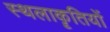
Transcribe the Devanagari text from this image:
स्थलाकॄतियों